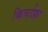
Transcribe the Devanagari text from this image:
किर्चाफ़